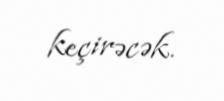
keçirəcək.